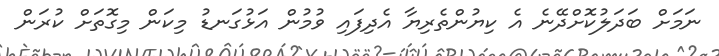
ނަމަށް ބަދަލުކޮށްދޭނެ އެ ކިޔުންތެރިޔާ އެދިފައި ވުމުން އަޅުގަނޑު މިކަން މިގޮތަށް ކުރަން